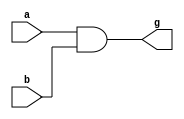
module and_function (a, b, g);
    input [15:0] a, b;
    output [15:0] g;
    
    assign g = a & b;
endmodule